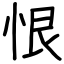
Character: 恨